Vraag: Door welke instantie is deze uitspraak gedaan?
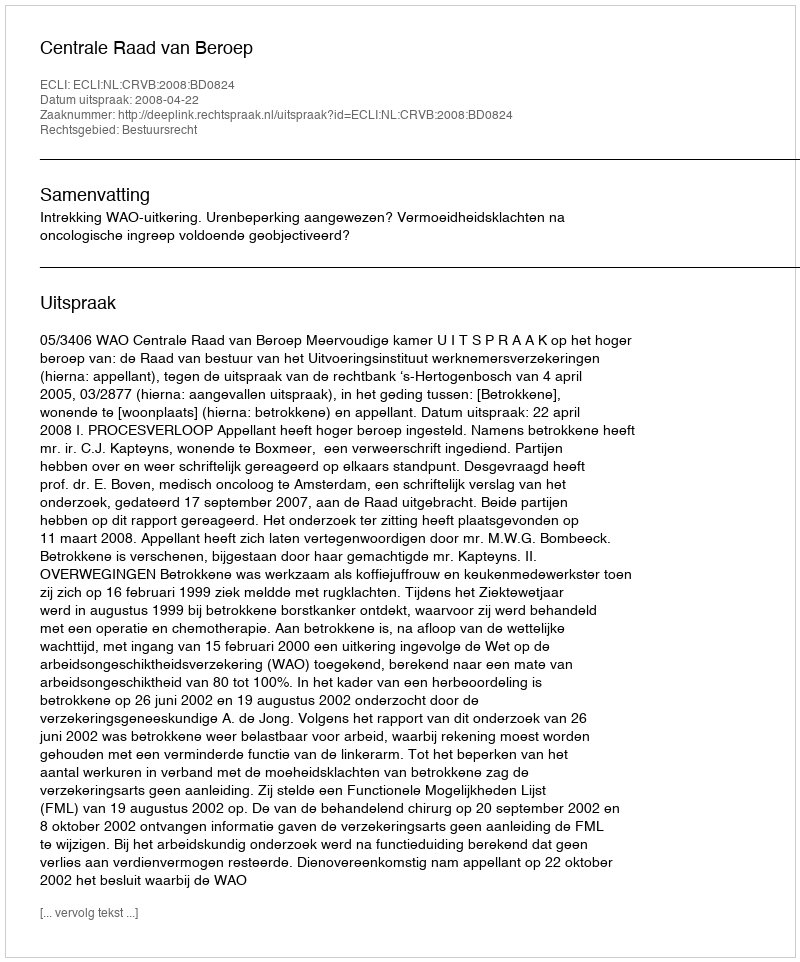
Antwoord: Centrale Raad van Beroep